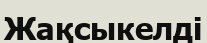
Жақсыкелді